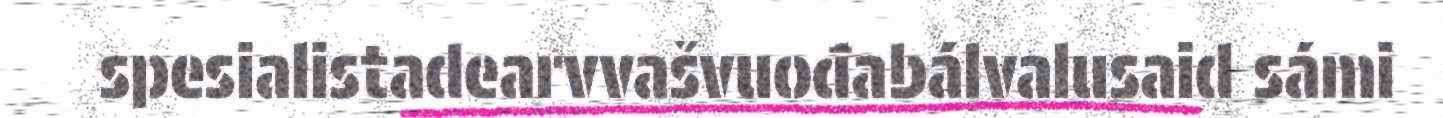
spesialistadearvvašvuođabálvalusaid sámi